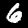
Label: 6